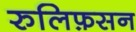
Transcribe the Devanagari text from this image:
रुलिफ़सन